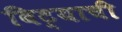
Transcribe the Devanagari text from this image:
विट्याची